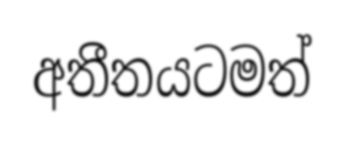
අතීතයටමත්